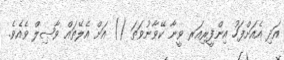
އަދި އެއަށްފަހު އިންފީރިއަރ ވީނާ ކޭވާނުވަތަ () އަށް އެލޭތައް ވާޞިލް ވެއެވެ.